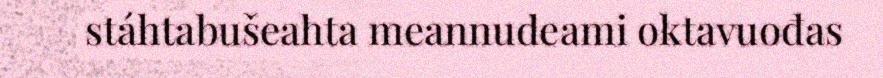
stáhtabušeahta meannudeami oktavuođas